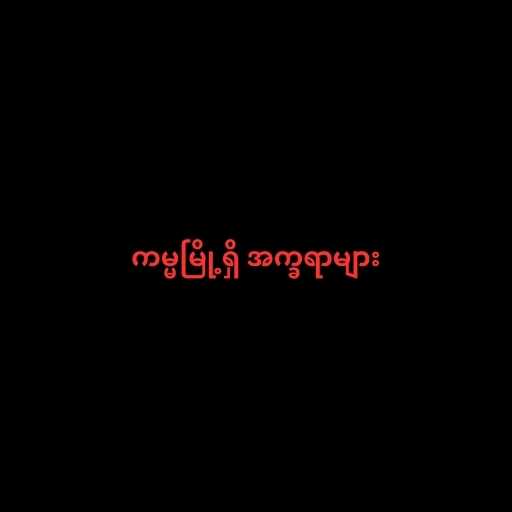
ကမ္မမြို့ရှိ အက္ခရာများ